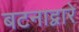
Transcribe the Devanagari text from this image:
बटनाद्वारे